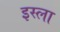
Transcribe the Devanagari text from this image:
इस्‍ला